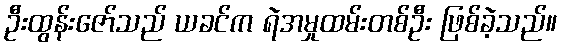
ဦးထွန်းဇော်သည် ယခင်က ရဲအမှုထမ်းတစ်ဦး ဖြစ်ခဲ့သည်။